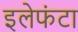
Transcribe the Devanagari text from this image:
इलेफंटा